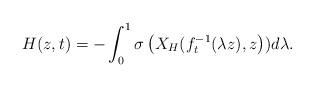
LaTeX: \begin{align*}H(z,t)=-\int_{0}^{1}\sigma\left( X_{H}(f_{t}^{-1}(\lambda z),z\right))d\lambda. \end{align*}